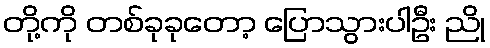
တို့ကို တစ်ခုခုတော့ ပြောသွားပါဦး ညို